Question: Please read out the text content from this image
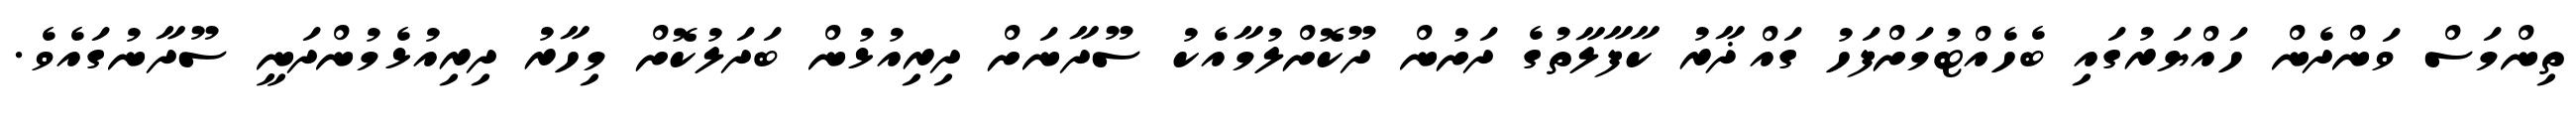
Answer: ތިންމަސް ވަންދެން ހައްޔަރުގައި ބެހެއްޓުމަށްފަހު ގައްޛާރު ކާފާލާތުގެ ދަށުން ދޫކޮށްލުމާއެކު ސޫދާނަށް ދިރިއުޅުން ބަދަލުކޮށް މިހާރު ދިރިއުޅެމުންދަނީ ސޫދާނުގައެވެ.